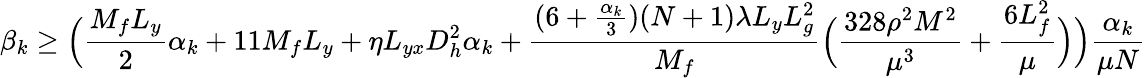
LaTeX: \beta_{k}\geq\Big(\frac{M_{f}L_{y}}{2}\alpha_{k}+11M_{f}L_{y}+\eta L_{yx}D_{h}^{2}\alpha_{k}+\frac{(6+\frac{\alpha_{k}}{3})(N+1)\lambda L_{y}L_{g}^{2}}{M_{f}}\Big(\frac{328\rho^{2}M^{2}}{\mu^{3}}+\frac{6L_{f}^{2}}{\mu}\Big)\Big)\frac{\alpha_{k}}{\mu N}